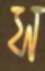
স